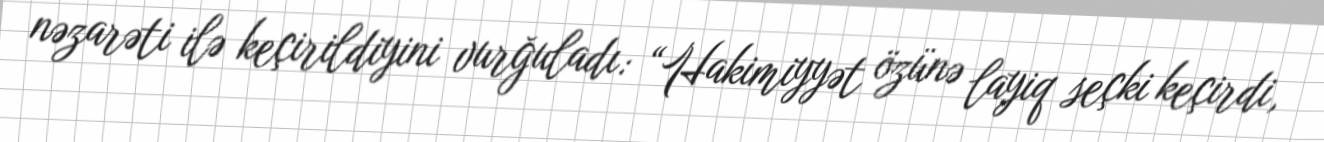
nəzarəti ilə keçirildiyini vurğuladı: “Hakimiyyət özünə layiq seçki keçirdi,